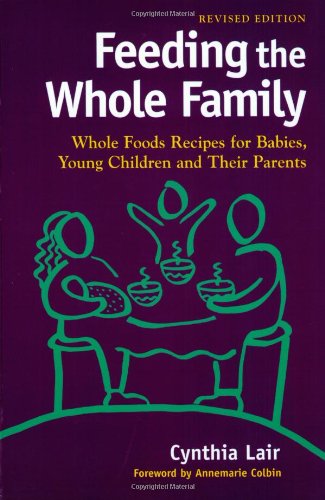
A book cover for Feeding the Whole Family: Whole Foods Recipes for Babies, Young Children and Their Parents; Annemarie Colbin; Cookbooks, Food & Wine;